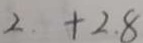
2 + 2 . 8